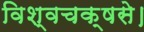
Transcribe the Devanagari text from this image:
विश्वचक्षसे।